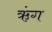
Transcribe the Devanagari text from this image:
ऋंग